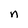
Character: n